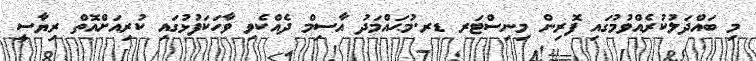
މި ބައްދަލުކުރެއްވުމުގައި ފޮރިން މިނިސްޓަރ ޑރ.މުޙައްމަދު އާސިމް ދެއްކެވި ވާހަކަފުޅުގައި ކުރިއަށްއޮތް ރިޔާސީ